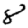
Digit: 8